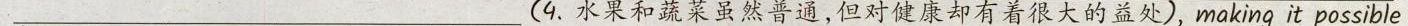
___(9.水果和蔬菜虽然普通,但对健康却有着很大的益处),making it possible